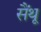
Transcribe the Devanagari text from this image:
सैंथू